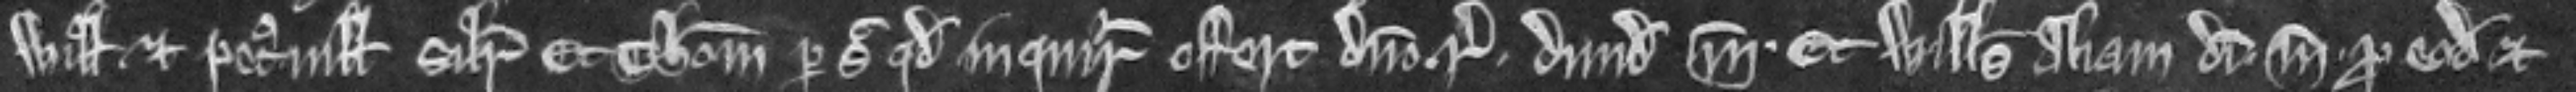
Willelmus et Petronilla similiter. Et Thomas per sic quod inquiratur offert domino regi dimidiam marcam et Willelmus aliam dimidiam marcam pro eodem et